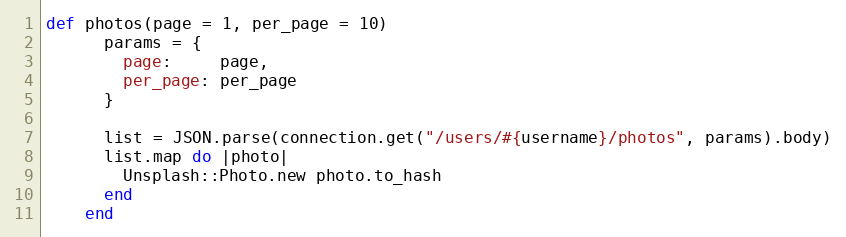
Language: Ruby
def photos(page = 1, per_page = 10)
      params = {
        page:     page,
        per_page: per_page
      }

      list = JSON.parse(connection.get("/users/#{username}/photos", params).body)
      list.map do |photo|
        Unsplash::Photo.new photo.to_hash
      end
    end